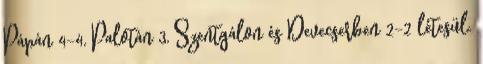
Pápán 4-4, Palotán 3, Szentgálon és Devecserben 2-2 létesül.